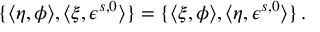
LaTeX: \{ \langle \eta , \phi \rangle , \langle \xi , \epsilon ^ { s , 0 } \rangle \} = \{ \langle \xi , \phi \rangle , \langle \eta , \epsilon ^ { s , 0 } \rangle \} \, .